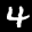
Label: 4